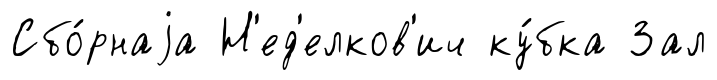
Сбо́рнаjа Н'ед'елков'ич ку́бка Зал